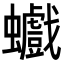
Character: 𧕆